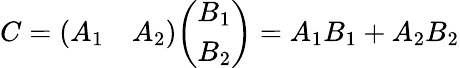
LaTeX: C={\left(\begin{array}{ll}{A_{1}}&{A_{2}}\end{array}\right)}{\left(\begin{array}{l}{B_{1}}\\ {B_{2}}\end{array}\right)}=A_{1}B_{1}+A_{2}B_{2}